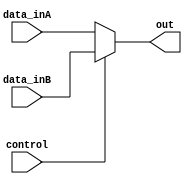
module MUX_2to1(input wire [15:0] data_inA, input wire [15:0] data_inB, input wire control, output reg [15:0] out);

always@(*) begin

out = control ? data_inB : data_inA;
			// Data B goes it true.   // Data A goes if false.

end
endmodule